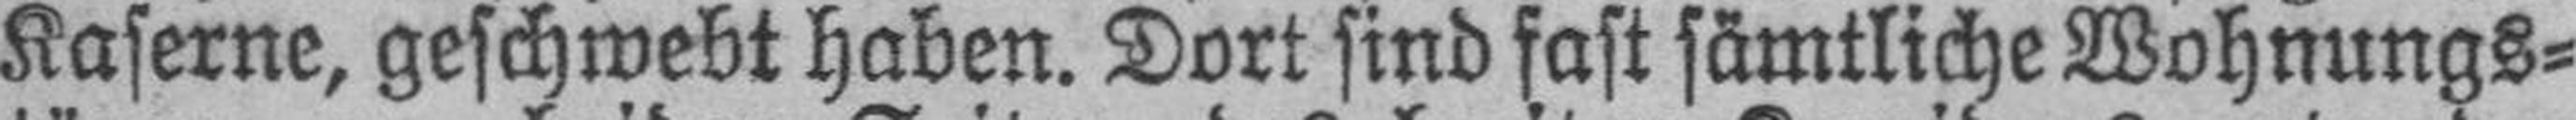
Kaserne, geschwebt haben. Dort sind fast sämtliche Wohnungs¬